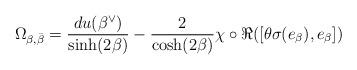
LaTeX: \begin{align*}\Omega_{\beta,\bar{\beta}} = \frac{du(\beta^{\vee})}{\sinh(2\beta)} -\frac{2}{\cosh(2\beta)}\chi\circ\Re([\theta\sigma(e_{\beta}),e_{\beta}])\end{align*}